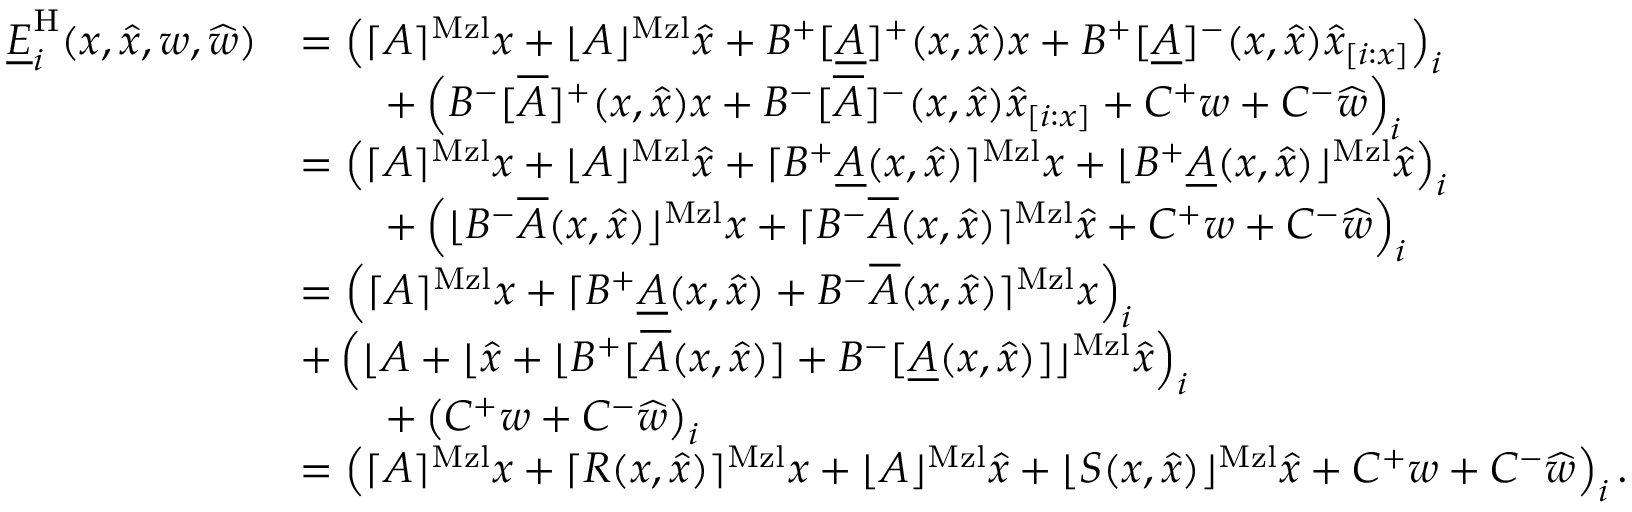
\begin{array} { r l } { \underline { { E } } _ { i } ^ { \mathrm { H } } ( x , \widehat { x } , w , \widehat { w } ) } & { = \left( \lceil A \rceil ^ { \mathrm { M z l } } x + \lfloor A \rfloor ^ { \mathrm { M z l } } \widehat { x } + B ^ { + } [ \underline { { A } } ] ^ { + } ( x , \widehat { x } ) x + B ^ { + } [ \underline { { A } } ] ^ { - } ( x , \widehat { x } ) \widehat { x } _ { [ i : x ] } \right) _ { i } } \\ & { \qquad + \left( B ^ { - } [ \overline { { A } } ] ^ { + } ( x , \widehat { x } ) x + B ^ { - } [ \overline { { A } } ] ^ { - } ( x , \widehat { x } ) \widehat { x } _ { [ i : x ] } + C ^ { + } w + C ^ { - } \widehat { w } \right) _ { i } } \\ & { = \left( \lceil A \rceil ^ { \mathrm { M z l } } x + \lfloor A \rfloor ^ { \mathrm { M z l } } \widehat { x } + \lceil B ^ { + } \underline { { A } } ( x , \widehat { x } ) \rceil ^ { \mathrm { M z l } } x + \lfloor B ^ { + } \underline { { A } } ( x , \widehat { x } ) \rfloor ^ { \mathrm { M z l } } \widehat { x } \right) _ { i } } \\ & { \qquad + \left( \lfloor B ^ { - } \overline { { A } } ( x , \widehat { x } ) \rfloor ^ { \mathrm { M z l } } x + \lceil B ^ { - } \overline { { A } } ( x , \widehat { x } ) \rceil ^ { \mathrm { M z l } } \widehat { x } + C ^ { + } w + C ^ { - } \widehat { w } \right) _ { i } } \\ & { = \left( \lceil A \rceil ^ { \mathrm { M z l } } x + \lceil B ^ { + } \underline { { A } } ( x , \widehat { x } ) + B ^ { - } \overline { { A } } ( x , \widehat { x } ) \rceil ^ { \mathrm { M z l } } x \right) _ { i } } \\ & { + \left( \lfloor A + \lfloor \widehat { x } + \lfloor B ^ { + } [ \overline { { A } } ( x , \widehat { x } ) ] + B ^ { - } [ \underline { { A } } ( x , \widehat { x } ) ] \rfloor ^ { \mathrm { M z l } } \widehat { x } \right) _ { i } } \\ & { \qquad + \left( C ^ { + } w + C ^ { - } \widehat { w } \right) _ { i } } \\ & { = \left( \lceil A \rceil ^ { \mathrm { M z l } } x + \lceil R ( x , \widehat { x } ) \rceil ^ { \mathrm { M z l } } x + \lfloor A \rfloor ^ { \mathrm { M z l } } \widehat { x } + \lfloor S ( x , \widehat { x } ) \rfloor ^ { \mathrm { M z l } } \widehat { x } + C ^ { + } w + C ^ { - } \widehat { w } \right) _ { i } . } \end{array}